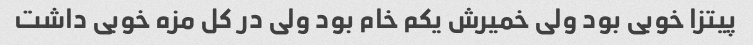
پیتزا خوبی بود ولی خمیرش یکم خام بود ولی در کل مزه خوبی داشت